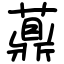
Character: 薡